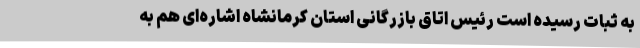
به ثبات رسیده است رئیس اتاق بازرگانی استان کرمانشاه اشاره‌ای هم به